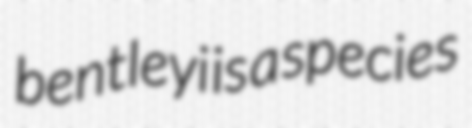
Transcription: bentleyi is a species